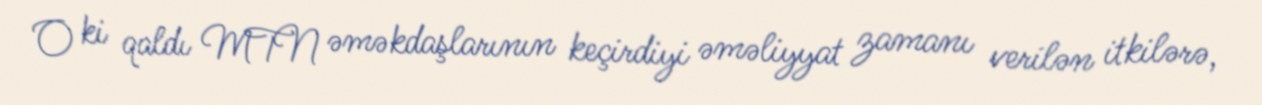
O ki qaldı MTN əməkdaşlarının keçirdiyi əməliyyat zamanı verilən itkilərə,